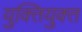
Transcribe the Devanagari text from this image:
युक्‍ितयुक्‍त